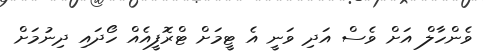
ވެންހާލް އަށް ވެސް އަދި ވަނީ އެ ޓީމަށް ޓްރޮފީއެއް ހޯދައި ދިނުމަށް